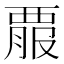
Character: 𧟵